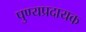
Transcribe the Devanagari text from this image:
पुण्यप्रदायक